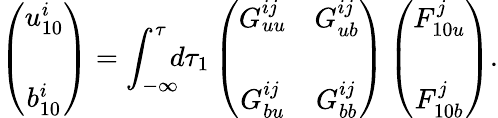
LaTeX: \left({\begin{array}{c}{u_{10}^{i}}\\ {b_{10}^{i}\rule{0ex}{5ex}}\end{array}}\right)=\int_{-\infty}^{\tau}\! \! \! d\tau_{1}\left({\begin{array}{cc}{G_{uu}^{ij}}&{G_{ub}^{ij}}\\ {G_{bu}^{ij}}&{G_{bb}^{ij}\rule{0ex}{5ex}}\end{array}}\right)\left({\begin{array}{c}{F_{10u}^{j}}\\ {F_{10b}^{j}\rule{0ex}{5ex}}\end{array}}\right).